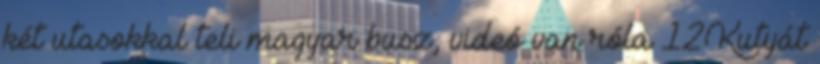
két utasokkal teli magyar busz, videó van róla 12Kutyát